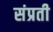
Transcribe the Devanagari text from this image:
संप्रती